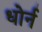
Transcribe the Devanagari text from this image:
धोर्न